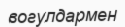
вогулдармен